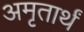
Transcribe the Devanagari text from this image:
अमृतार्थं